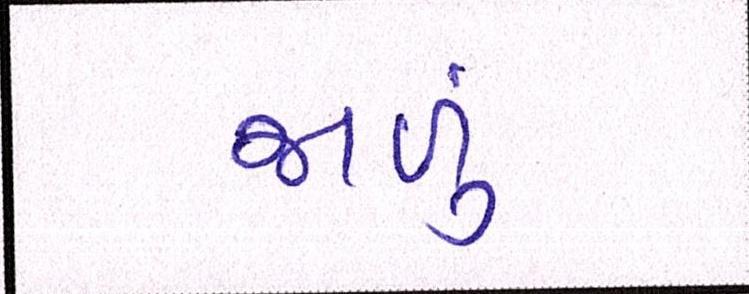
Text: જાળું